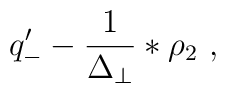
q^\prime_- - \frac{1}{\Delta_{\perp}} \ast \rho_2\ ,